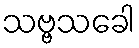
သဗ္ဗသခေါ